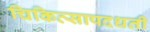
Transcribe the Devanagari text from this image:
चिकित्सापदधती